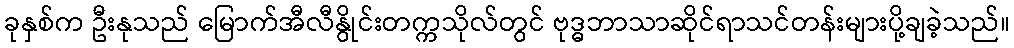
ခုနှစ်က ဦးနုသည် မြောက်အီလီနွိုင်းတက္ကသိုလ်တွင် ဗုဒ္ဓဘာသာဆိုင်ရာသင်တန်းများပို့ချခဲ့သည်။